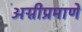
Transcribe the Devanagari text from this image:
अग्नीप्रमाणे